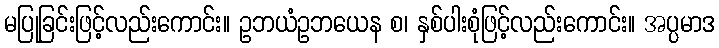
မပြုခြင်းဖြင့်လည်းကောင်း။ ဥဘယံဥဘယေန စ၊ နှစ်ပါးစုံဖြင့်လည်းကောင်း။ အပ္ပမာဒ